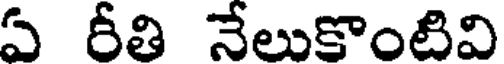
ఏ రీతి నేలుకొంటివి